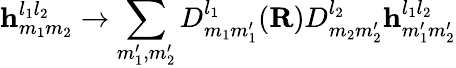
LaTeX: \textbf{h}_{m_{1}m_{2}}^{l_{1}l_{2}}\to\sum_{m_{1}^{\prime},m_{2}^{\prime}}D_{m_{1}m_{1}^{\prime}}^{l_{1}}(\textbf{R})D_{m_{2}m_{2}^{\prime}}^{l_{2}}\textbf{h}_{m_{1}^{\prime}m_{2}^{\prime}}^{l_{1}l_{2}}